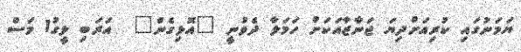
ޔަމަނުގައި ކުރިއަށްދިޔަ ޖަނާޒާއަކަށް ހަމަލާ ދެވުނީ "އޮޅިގެން"  އަރަބި ލީގު1 މަސް